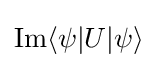
\mathrm {Im} \langle \psi |U|\psi \rangle